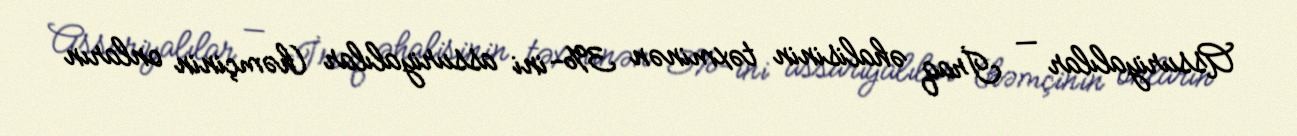
Assuriyalılar — İraq əhalisinin təxminən 3%-ini assuriyalılar (həmçinin onların